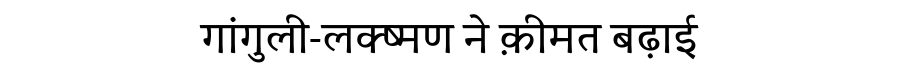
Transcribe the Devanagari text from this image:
गांगुली-लक्ष्मण ने क़ीमत बढ़ाई